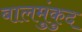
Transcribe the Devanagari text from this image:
बालमुंकुद